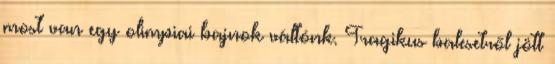
most van egy olimpiai bajnok váltónk. Tragikus balesetről jött